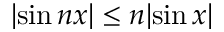
| \! \sin n x | \leq n | \! \sin x |